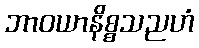
ဘာဝယာနိစ္စသညဟံ